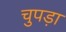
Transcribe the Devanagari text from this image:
चुपड़ा